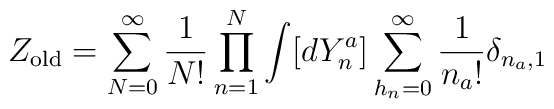
Z_{\rm old} = \sum_{N=0}^\infty {1 \over N!} \prod_{n=1}^N \int [d Y^a_n]\sum_{h_n=0}^\infty {1 \over n_a!} \delta_{n_a, 1}